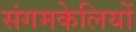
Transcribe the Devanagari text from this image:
संगमकेलियों